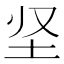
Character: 𡉢